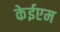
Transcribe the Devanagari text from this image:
केईएम